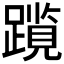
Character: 𫏠